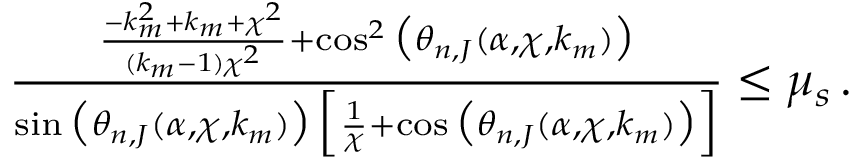
\begin{array} { r } { \frac { \frac { - k _ { m } ^ { 2 } + k _ { m } + \chi ^ { 2 } } { ( k _ { m } - 1 ) \chi ^ { 2 } } + \cos ^ { 2 } \big ( \theta _ { n , J } ( \alpha , \chi , k _ { m } ) \big ) } { \sin \big ( \theta _ { n , J } ( \alpha , \chi , k _ { m } ) \big ) \, \Big [ \frac { 1 } { \chi } + \cos \big ( \theta _ { n , J } ( \alpha , \chi , k _ { m } ) \big ) \Big ] } \leq \mu _ { s } \, . } \end{array}